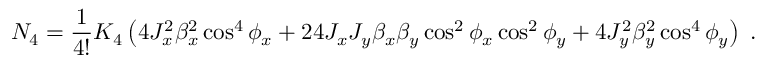
N _ { 4 } = \frac { 1 } { 4 ! } K _ { 4 } \left( 4 J _ { x } ^ { 2 } \beta _ { x } ^ { 2 } \cos ^ { 4 } { \phi _ { x } } + 2 4 J _ { x } J _ { y } \beta _ { x } \beta _ { y } \cos ^ { 2 } { \phi _ { x } } \cos ^ { 2 } { \phi _ { y } } + 4 J _ { y } ^ { 2 } \beta _ { y } ^ { 2 } \cos ^ { 4 } { \phi _ { y } } \right) \; .